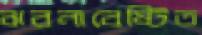
ঝরনাবেষ্টিত